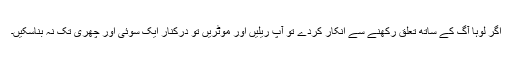
اگر لوہا آگ کے ساتھ تعلق رکھنے سے انکار کردے تو آپ ریلیں اور موٹریں تو درکنار ایک سوئی اور چھری تک نہ بناسکیں۔